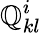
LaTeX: \mathbb{Q}_{kl}^{i}